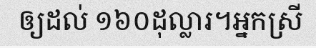
ឲ្យដល់ ១៦០ដុល្លារ។អ្នកស្រី